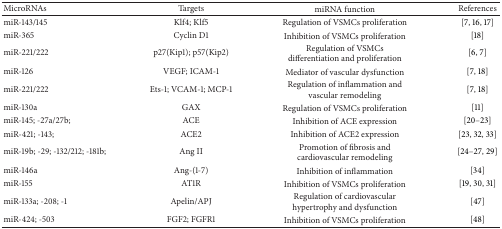
<table><thead><tr><td><b>MicroRNAs</b></td><td><b>Targets</b></td><td><b>miRNA function</b></td><td><b>References</b></td></tr></thead><tbody><tr><td>miR-143/145</td><td>Klf4; Klf5</td><td>Regulation of VSMCs proliferation</td><td>[7, 16, 17]</td></tr><tr><td>miR-365</td><td>Cyclin D1</td><td>Inhibition of VSMCs proliferation</td><td>[18]</td></tr><tr><td>miR-221/222</td><td>p27(Kip1); p57(Kip2)</td><td>Regulation of VSMCs differentiation and proliferation</td><td>[6, 7]</td></tr><tr><td>miR-126</td><td>VEGF; ICAM-1</td><td>Mediator of vascular dysfunction</td><td>[7, 18]</td></tr><tr><td>miR-221/222</td><td>Ets-1; VCAM-1; MCP-1</td><td>Regulation of inflammation and vascular remodeling</td><td>[7, 18]</td></tr><tr><td>miR-130a</td><td>GAX</td><td>Regulation of VSMCs proliferation </td><td>[11]</td></tr><tr><td>miR-145; -27a/27b; </td><td>ACE</td><td>Inhibition of ACE expression</td><td>[20–23]</td></tr><tr><td>miR-421; -143; </td><td>ACE2</td><td>Inhibition of ACE2 expression</td><td>[23, 32, 33]</td></tr><tr><td>miR-19b; -29; -132/212; -181b;</td><td>Ang II</td><td>Promotion of fibrosis and cardiovascular remodeling</td><td>[24–27, 29]</td></tr><tr><td>miR-146a</td><td>Ang-(1-7)</td><td>Inhibition of inflammation</td><td>[34]</td></tr><tr><td>miR-155</td><td>AT1R</td><td>Inhibition of VSMCs proliferation</td><td>[19, 30, 31]</td></tr><tr><td>miR-133a; -208; -1</td><td>Apelin/APJ</td><td>Regulation of cardiovascular hypertrophy and dysfunction</td><td>[47]</td></tr><tr><td>miR-424; -503</td><td>FGF2; FGFR1</td><td>Inhibition of VSMCs proliferation</td><td>[48]</td></tr></tbody></table>